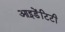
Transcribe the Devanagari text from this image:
आइ़डेंटिटी